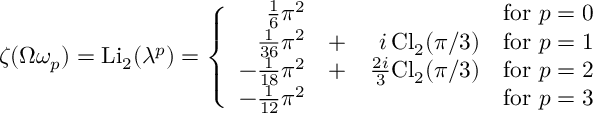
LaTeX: \zeta ( \Omega \omega _ { p } ) = \mathrm { L i } _ { 2 } ( \lambda ^ { p } ) = \left\{ \begin{array} { r r r r } { { \frac 1 6 \pi ^ { 2 } } } & { { } } & { { } } & { { \mathrm { f o r ~ } p = 0 } } \\ { { \frac 1 { 3 6 } \pi ^ { 2 } } } & { { + } } & { { i \, \mathrm { C l } _ { 2 } ( \pi / 3 ) } } & { { \mathrm { f o r ~ } p = 1 } } \\ { { - \frac 1 { 1 8 } \pi ^ { 2 } } } & { { + } } & { { \frac { 2 i } { 3 } \mathrm { C l } _ { 2 } ( \pi / 3 ) } } & { { \mathrm { f o r ~ } p = 2 } } \\ { { - \frac 1 { 1 2 } \pi ^ { 2 } } } & { { } } & { { } } & { { \mathrm { f o r ~ } p = 3 } } \end{array} \right.